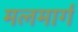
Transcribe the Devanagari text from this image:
मलमार्ग